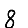
Digit: 8